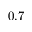
0 . 7